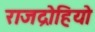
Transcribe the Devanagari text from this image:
राजद्रोहियो